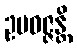
ဥပဝဇ္ဇန္တိ